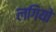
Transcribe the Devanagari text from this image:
लगियो